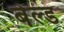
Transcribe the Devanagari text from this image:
बेल्ड